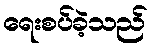
ရေးစပ်ခဲ့သည်